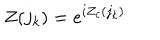
Z ( { j _ { k } } ) = e ^ { i Z _ { c } ( { j _ { k } } ) }